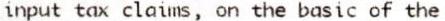
INPUT TAX CLAIMS, ON THE BASIC OF THE